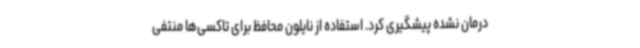
درمان نشده پیشگیری کرد. استفاده از نایلون محافظ برای تاکسی‌ها منتفی